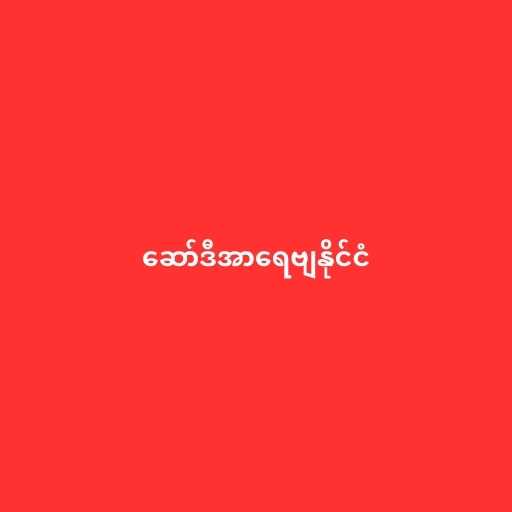
ဆော်ဒီအာရေဗျနိုင်ငံ